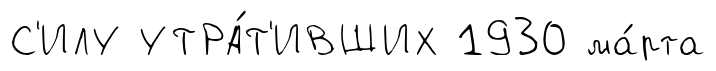
С'ИЛУ УТРА́Т'ИВШИХ 1930 ма́рта